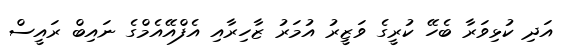
އަދި ކުޅިވަރާ ބެހޭ ކުރީގެ ވަޒީރު އުމަރު ޒާހިރާއި އެފްއޭއެމްގެ ނައިބް ރައީސް